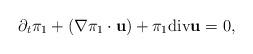
LaTeX: \begin{align*}\partial_t \pi_1 + (\nabla \pi_1 \cdot {\bf u})+ \pi_1 {\rm div}{\bf u}= 0,\end{align*}